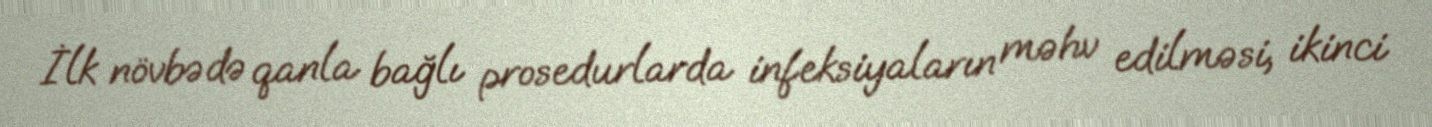
İlk növbədə qanla bağlı prosedurlarda infeksiyaların məhv edilməsi, ikinci